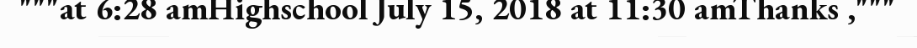
"""at 6:28 amHighschool July 15, 2018 at 11:30 amThanks ,"""